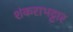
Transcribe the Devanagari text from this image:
शंकराभट्टार